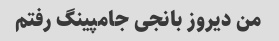
من دیروز بانجی جامپینگ رفتم